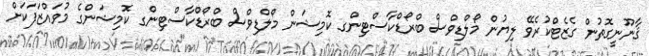
ޤާނޫނީގޮތުން ގެޒެޓްކުރެވޭ ލިޔުން މޯލްޑިވްސް ބްރޯޑްކާސްޓިންގ ކޮމިޝަން މޯލްޑިވްސް ބްރޯޑްކާސްޓިންގ ކޮމިޝަންގެ މުވައްޒަފަކަށް